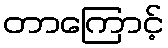
တာကြောင့်